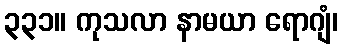
၃၃၁။ ကုသလာ နာမယာ ရောဂျံ၊